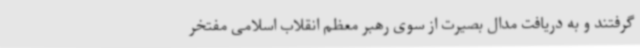
گرفتند و به دریافت مدال بصیرت از سوی رهبر معظم انقلاب اسلامی مفتخر